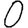
Digit: 0